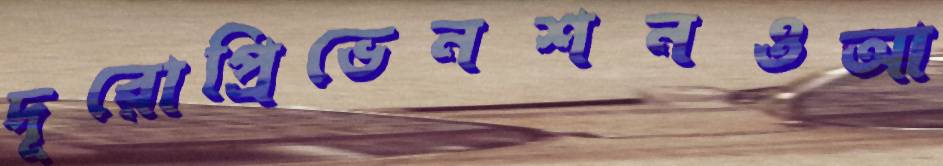
দূরোপ্রিভেনশনওআ